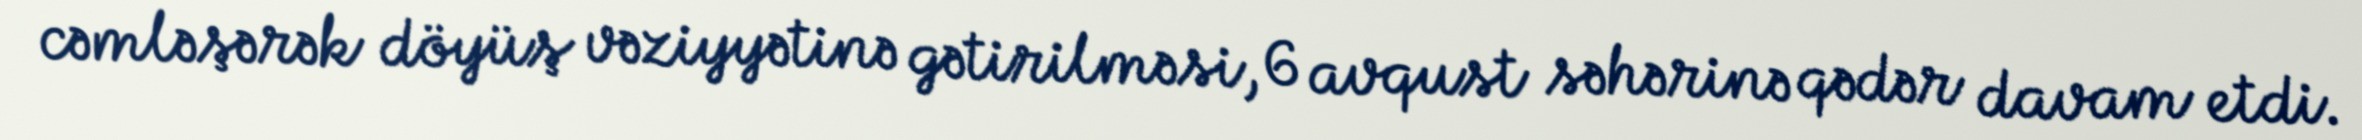
cəmləşərək döyüş vəziyyətinə gətirilməsi, 6 avqust səhərinə qədər davam etdi.